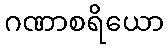
ဂဏာစရိယော